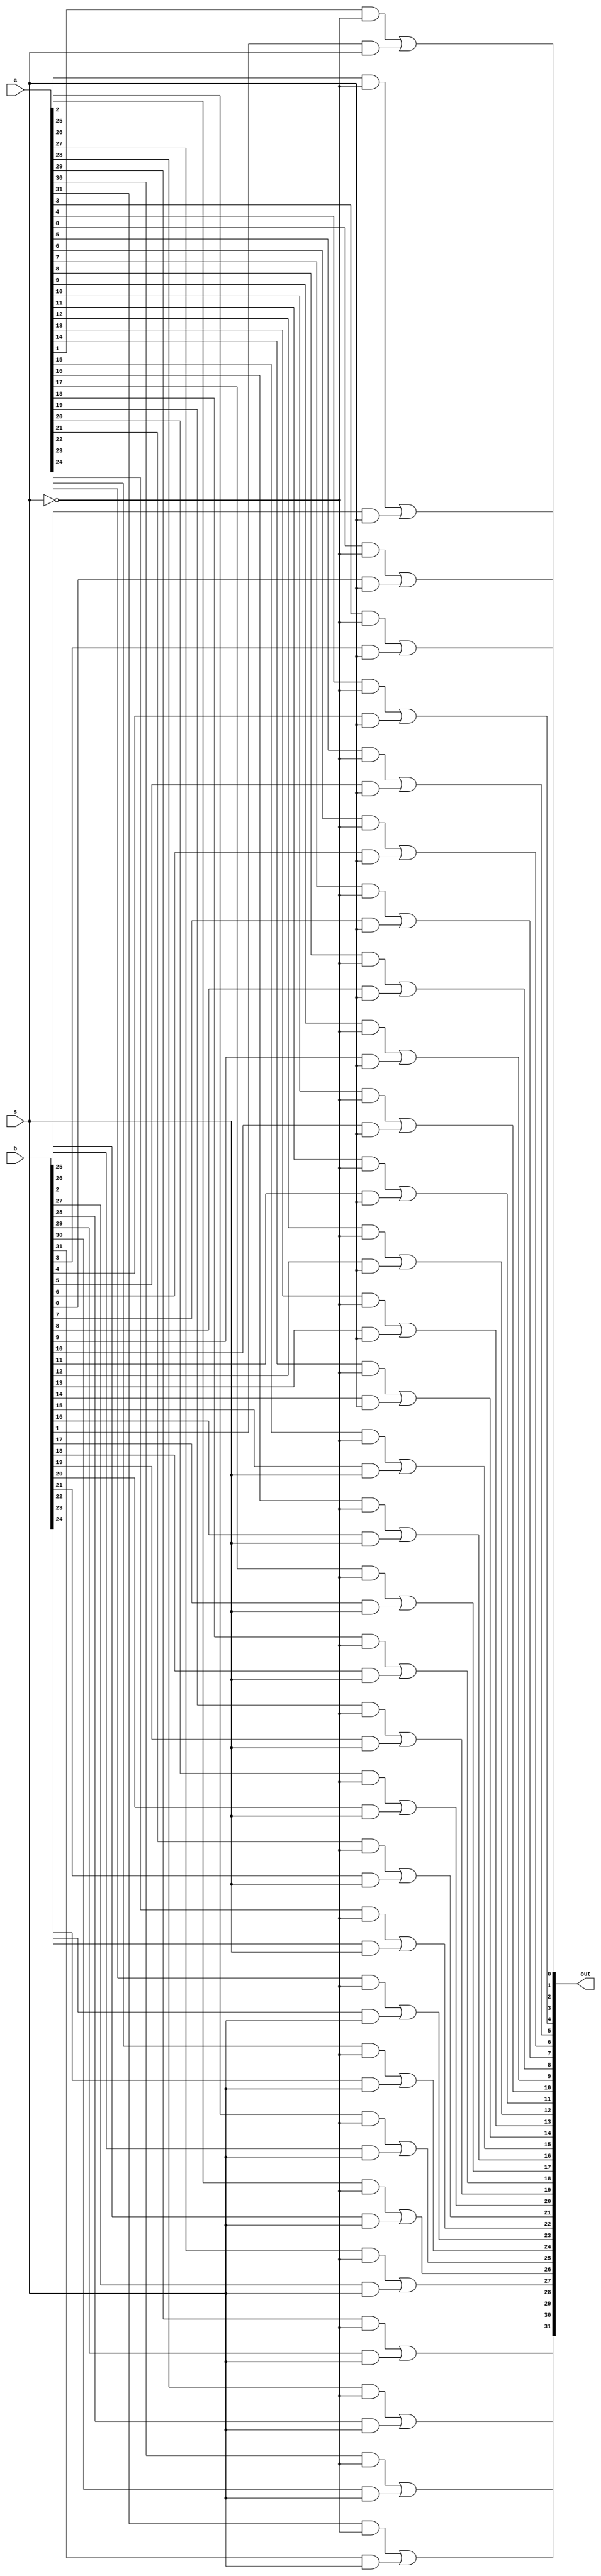

module mux2x1
(
	a, b, s, out
);
	parameter data_width = 32;
	
	input wire [data_width - 1:0] a, b;
	input wire s;
	
	output wire [data_width - 1:0] out;
	
	wire [data_width - 1:0] result1, result2, result3;
	
	// if s == 0, return a
	// else return b
	genvar i;
	generate 
		for(i = 0; i < data_width; i = i + 1) begin : mux_gen
			and and1(result1[i], a[i], !s);
			and and2(result2[i], b[i],  s);
			or or1(out[i], result1[i], result2[i]);
		end
	endgenerate

endmodule